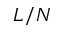
L / N